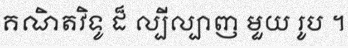
គណិតវិទូ ដ៏ ល្បីល្បាញ មួយ រូប ។